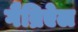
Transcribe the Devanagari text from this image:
गैब्रिऐल